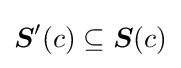
{\boldsymbol {S}}'(c)\subseteq {\boldsymbol {S}}(c)